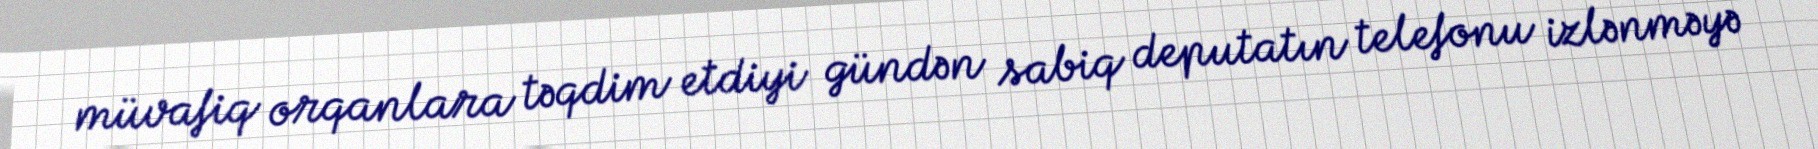
müvafiq orqanlara təqdim etdiyi gündən sabiq deputatın telefonu izlənməyə